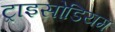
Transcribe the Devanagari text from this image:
ट्राइसोडियम